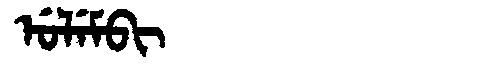
Manchu: ᡠᠯᡝᠮᠪᡳ
Romanization: ULEMBI